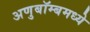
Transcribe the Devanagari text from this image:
अणुबॉम्बमध्ये